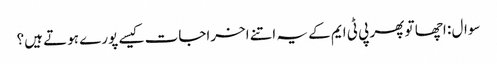
سوال : اچھا تو پھر پی ٹی ایم کے یہ اتنے اخراجات کیسے پورے ہوتے ہیں؟